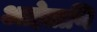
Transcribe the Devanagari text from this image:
आहेताणि